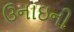
ઉનાઇની